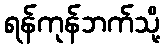
ရန်ကုန်ဘက်သို့